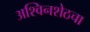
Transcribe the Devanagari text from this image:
अश्विनशेठचा